Lunatic asylums Madras 1892-1911 - 1892-1911
Year: 1892
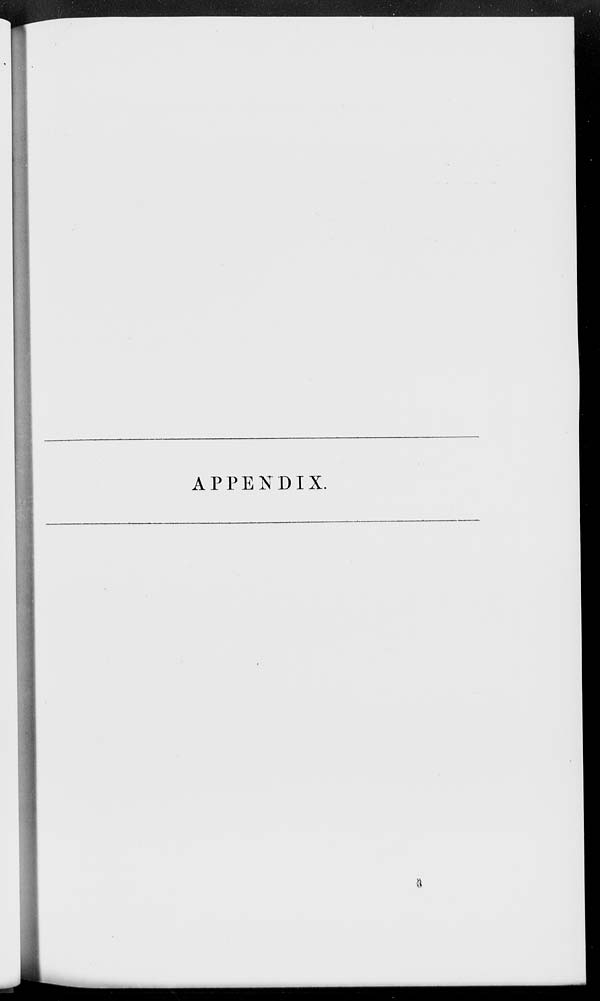
APPENDIX.
3